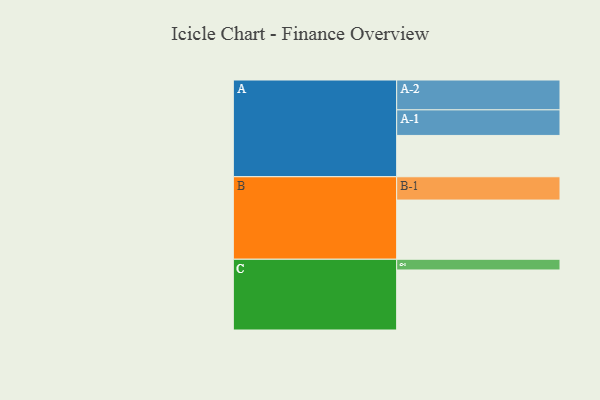
{"axis": {"x": "Segment", "y": "Value"}, "legend": ["", "A", "B", "C"], "data": [{"x": "A", "y": 397, "type": ""}, {"x": "B", "y": 569, "type": ""}, {"x": "C", "y": 577, "type": ""}, {"x": "A-1", "y": 246, "type": "A"}, {"x": "A-2", "y": 287, "type": "A"}, {"x": "B-1", "y": 224, "type": "B"}, {"x": "C-1", "y": 103, "type": "C"}]}